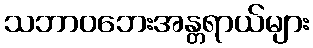
သဘာဝဘေးအန္တရာယ်များ